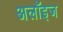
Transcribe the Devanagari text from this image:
अलॉइज